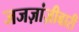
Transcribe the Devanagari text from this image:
जजज़ांज़ीबारी